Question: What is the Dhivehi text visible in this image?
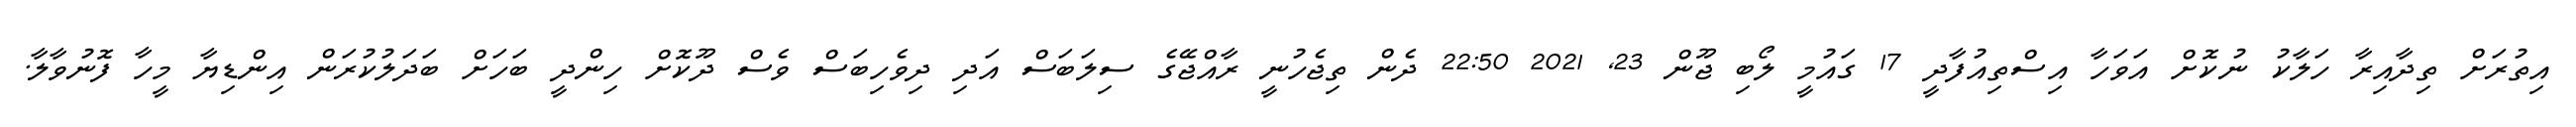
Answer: އިތުރަށް ތިދާއިރާ ހަލާކު ނުކޮށް އަވަހާ އިސްތިއުފާދީ 17 ގައުމީ ލޯބި ޖޫން 23, 2021 22:50 ދެން ތިޖެހުނީ ރާއްޖޭގެ ސިލަބަސް އަދި ދިވެހިބަސް ވެސް ދޫކޮށް ހިންދީ ބަހަށް ބަދަލުކުރަން އިންޑިޔާ މީހާ ފޮނުވާލާ.